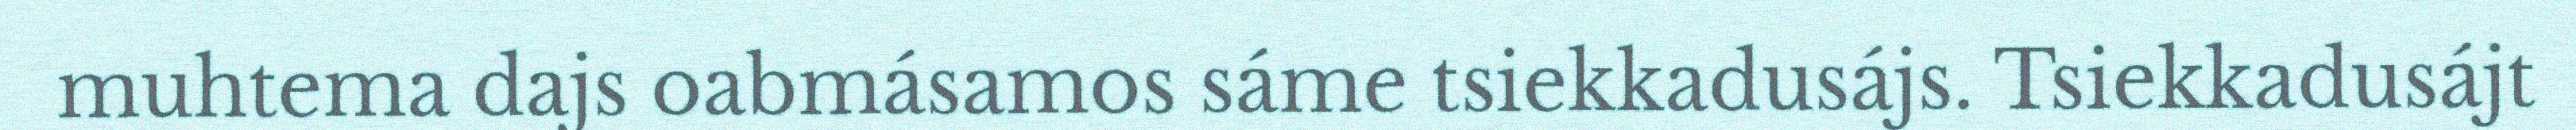
muhtema dajs oabmásamos sáme tsiekkadusájs. Tsiekkadusájt